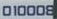
010008